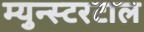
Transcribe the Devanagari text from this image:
म्युन्स्टरटाल